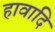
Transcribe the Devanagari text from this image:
हावादि